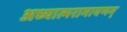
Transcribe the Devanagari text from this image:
अध्यात्मरामायणम्